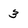
Character: 3